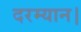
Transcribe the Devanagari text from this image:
दरम्यान।